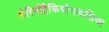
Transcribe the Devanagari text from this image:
लैरिंगोंट्रैकियोमलासिया